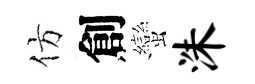
仿創蠻洙